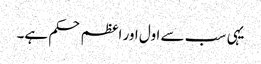
یہی سب سے اول اور اعظم حکم ہے۔